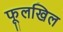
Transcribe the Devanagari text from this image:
फूलखिल